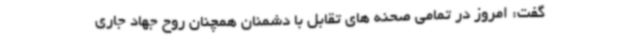
گفت: امروز در تمامی صحنه های تقابل با دشمنان همچنان روح جهاد جاری